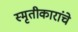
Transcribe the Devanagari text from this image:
स्मृतीकारांचे